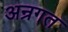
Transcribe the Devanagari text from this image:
अन्रगत